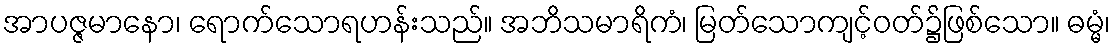
အာပဇ္ဇမာနော၊ ရောက်သောရဟန်းသည်။ အဘိသမာရိကံ၊ မြတ်သောကျင့်ဝတ်၌ဖြစ်သော။ ဓမ္မံ၊